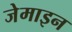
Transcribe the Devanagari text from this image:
जेमाइन